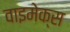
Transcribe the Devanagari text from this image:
वाइमेक्स